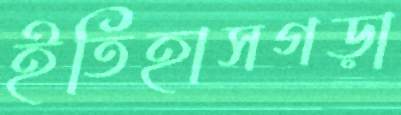
ইতিহাসগড়া